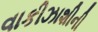
વાકીઝાશીની